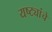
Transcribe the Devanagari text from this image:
यष्ट्यांचे